system: You are a helpful assistant.
user:
Analyze the provided spectrum to determine if it is a **M-type Giant (gM)**.

A M-type Giant spectrum is defined by its **strong molecular absorption** features, particularly from **Titanium Oxide (TiO)**. You must check for one of the following mutually exclusive signatures:

- **Key Visual Indicators (Absorption-Dominated Spectrum):**

    - **(Primary):** The spectrum is dominated by strong molecular absorption from **Titanium Oxide (TiO)**. This is the **defining feature** of its M-type temperature class.
        - **(Key Bandheads):** Look for sharp, "saw-tooth" absorption valleys. The strongest are located near **~7050 Å**, **~6160 Å**, and **~5170 Å**.
        - **(Line Profile):** The "saw-tooth" morphology is critical: a **sharp, steep drop on the BLUE (short-wavelength) side** of the bandhead, followed by a gradual recovery (rising flux) towards the RED (long-wavelength) side.

    - **(Key Confirmation - Giant vs. Dwarf):** **ABSENCE** of strong **Calcium Hydride (CaH)** molecular bands. This is the primary diagnostic for *excluding* M-dwarfs.
        - **(Key Region):** The spectrum should lack the strong, broad absorption band seen in dwarfs between **~6800 Å and ~7000 Å**.

    - **(Secondary Confirmation - Giant):** A very strong and broad **Neutral Calcium (Ca I)** atomic absorption line.
        - **(Key Line):** Located at **~4226 Å**. In a giant (gM), this line is significantly deeper and broader than the same line in an M-dwarf (dM) due to low surface gravity.

    - **(Overall Spectrum):**
        - The continuum is **extremely red-sloping** (i.e., flux is very low in the blue and rises dramatically towards the red).
        - The entire spectrum appears "chopped up" by the deep TiO bands.

Think first, call **spectral_visualization_tool** if needed to examine features in detail, then provide your final answer. Your response must adhere to the following strict rules:
1.  **Overall Structure:** Your response must follow the format `<think>...</think> <tool_call>...</tool_call> (if a tool is used) <answer>...</answer>`.
2.  **Tool Usage Constraint:** You may only make **one** tool call per turn.
3.  **Final Answer Format:** In the `<answer>` tag, your conclusion must be inside a `\boxed{}` command (e.g., `\boxed{YES}` or `\boxed{NO}`), followed by your justification.

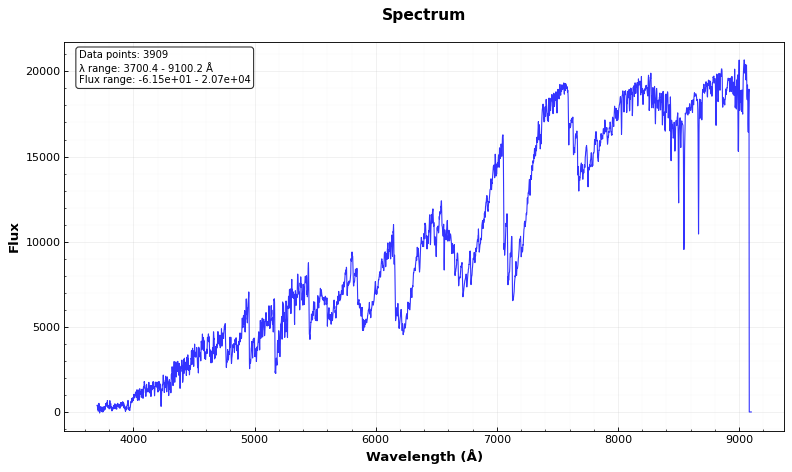
Answer: YES